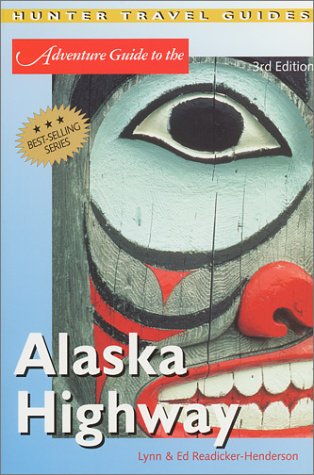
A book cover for The Alaska Highway (Adventure Guide to the Alaska Highway); Ed Readicker-Henderson; Travel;